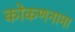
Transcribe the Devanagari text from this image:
कोकणनामा